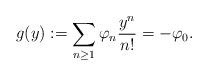
LaTeX: \begin{align*}g(y):=\sum_{n\geq1}\varphi_{n}\frac{y^n}{n!}=-\varphi_0.\end{align*}